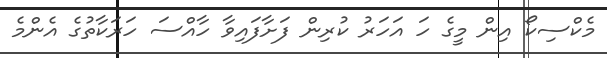
މެކްސިކޯ އިން މީގެ ހަ އަހަރު ކުރިން ފަށާފައިވާ ހާއްސަ ހަރަކާތުގެ އެންމެ